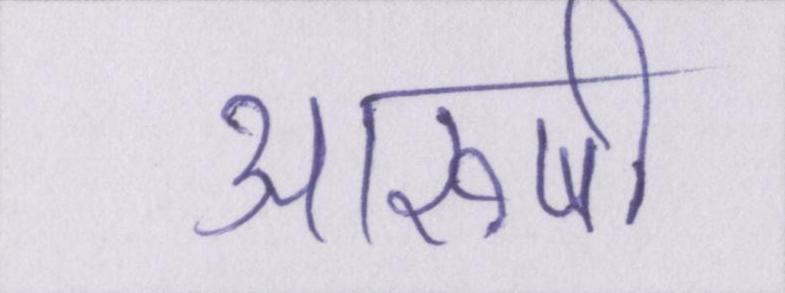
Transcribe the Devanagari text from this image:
आरुषी